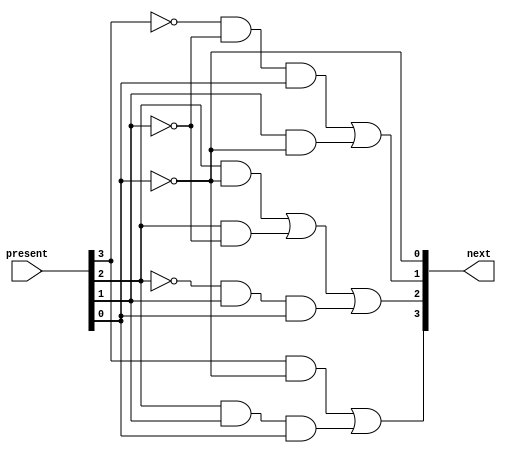
// Brenden Duffy
// LE_C1 4bitCounter, progresses through 10 states to drive the lights on the HEX display

module counter4bitlogic(present, next);
	input  [3:0] present;
	output [3:0] next;
	
	wire D3, D2, D1, D0;
	
	assign D3 = (present[3]&(~present[0])) | (present[2] & present[1] & present[0]);
	
	assign D2 = (present[2]&(~present[0])) | (present[2]&(~present[1])) | (~present[2] & present[1] & present[0]);
	
	assign D1 = ((~present[3]) & (~present[1]) & present[0]) | (present[1] & (~present[0]));
	
	assign D0 = (~present[0]);
	
	
	assign next[3] = D3;
	assign next[2] = D2;
	assign next[1] = D1;
	assign next[0] = D0;
	
endmodule